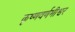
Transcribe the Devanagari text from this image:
कृष्णवर्णमीश्वर